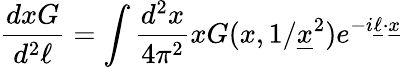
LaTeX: {\frac{dxG}{d^{2}\ell}}=\int{\frac{d^{2}x}{4\pi^{2}}}xG(x,1/{\underline{{x}}}^{2})e^{-i{\underline{{\ell}}}\cdot{\underline{{x}}}}